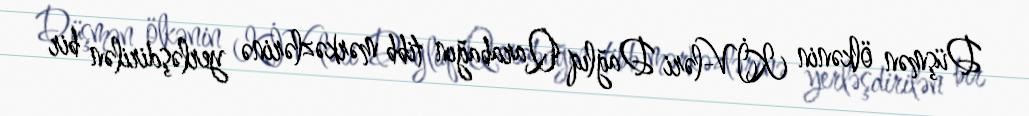
Düşmən ölkənin KİV-ləri Dağlıq Qarabağın tibb mərkəzlərinə yerləşdirilən bir